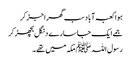
ہوا کعبہ آباد سب گھر اجڑ کر
جمے ایک جاسارے دنگل بچھڑ کر
رسول اللہﷺ مکہ میں تھے۔